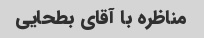
مناظره با آقای بطحایی